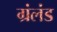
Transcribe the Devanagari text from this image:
ग्रंलंड